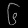
Digit: ၆